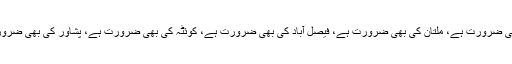
یہ لاہور کی بھی ضرورت ہے، کراچی کی بھی ضرورت ہے، ملتان کی بھی ضرورت ہے، فیصل آباد کی بھی ضرورت ہے، کوئٹہ کی بھی ضرورت ہے، پشاور کی بھی ضرورت ہے اور گوجرانوالہ کی بھی ضرورت ہے۔